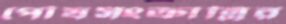
পৌষসংক্রান্তির